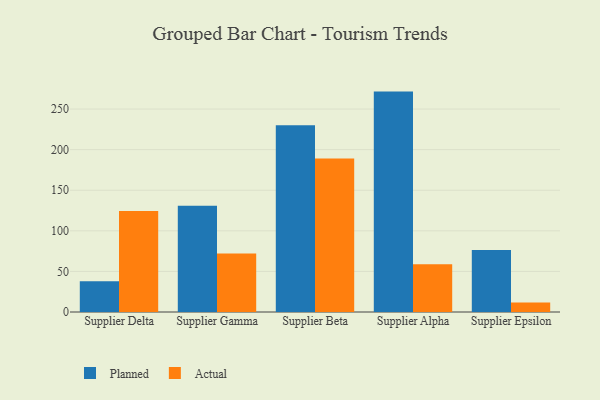
{"axis": {"x": "Supplier", "y": "Revenue (USD Million)"}, "legend": ["Actual", "Planned"], "data": [{"x": "Supplier Delta", "y": 37.8, "type": "Planned"}, {"x": "Supplier Delta", "y": 124.4, "type": "Actual"}, {"x": "Supplier Gamma", "y": 131.0, "type": "Planned"}, {"x": "Supplier Gamma", "y": 72.1, "type": "Actual"}, {"x": "Supplier Beta", "y": 230.1, "type": "Planned"}, {"x": "Supplier Beta", "y": 189.2, "type": "Actual"}, {"x": "Supplier Alpha", "y": 271.5, "type": "Planned"}, {"x": "Supplier Alpha", "y": 58.9, "type": "Actual"}, {"x": "Supplier Epsilon", "y": 76.4, "type": "Planned"}, {"x": "Supplier Epsilon", "y": 11.8, "type": "Actual"}]}